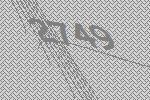
2749